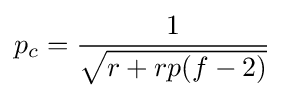
p_{c}={\frac {1}{\sqrt {r+rp(f-2)}}}